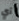
أي